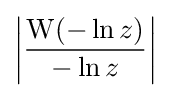
\left|{\frac {\mathrm {W} (-\ln {z})}{-\ln {z}}}\right|